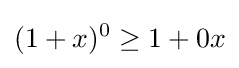
(1+x)^{0}\geq 1+0x